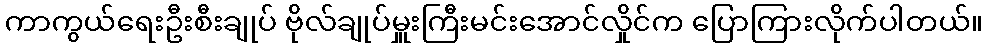
ကာကွယ်ရေးဦးစီးချုပ် ဗိုလ်ချုပ်မှူးကြီးမင်းအောင်လှိုင်က ပြောကြားလိုက်ပါတယ်။